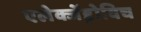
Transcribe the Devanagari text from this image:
एलेक्जेंड्रोविच